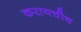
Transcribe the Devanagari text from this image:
करायचीच